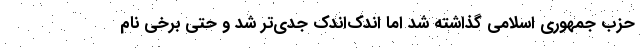
حزب جمهوری اسلامی گذاشته شد اما اندک‌اندک جدی‌تر شد و حتی برخی نام